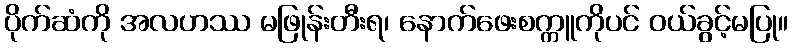
ပိုက်ဆံကို အလဟဿ မဖြုန်းတီးရ၊ နောက်ဖေးစက္ကူကိုပင် ဝယ်ခွင့်မပြု။